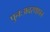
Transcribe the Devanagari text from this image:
पुनःअवस्थापन